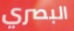
البصري